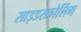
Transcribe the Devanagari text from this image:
साइडस्क्रोलिंग